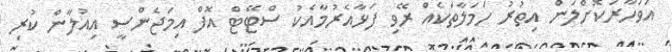
އަވަހާރަކޮށްލަން އިތުރު ހަމަލާތަކެއް ރޭވި ފަޅާއެރުމާއެކު ސްޓޭޓް އޮފް އިމަޖެންސީ އިއުލާން ކުރި